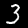
Digit: 3